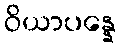
ဝိယာပန္နေ